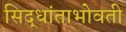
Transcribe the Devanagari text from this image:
सिद्धांताभोवती